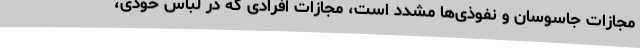
مجازات جاسوسان و نفوذی‌ها مشدد است، مجازات افرادی که در لباس خودی،